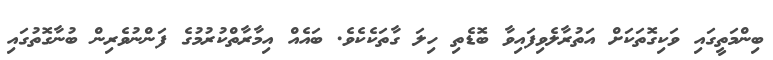
ބިންމަތީގައި ވަކިގޮތަކަށް އަތުރާލެވިފައިވާ ބޮޑެތި ހިލަ ގާތަކެކެވެ. ބައެއް އިމާރާތްކުރުމުގެ ފަންނުވެރިން ބުނާގޮތުގައި